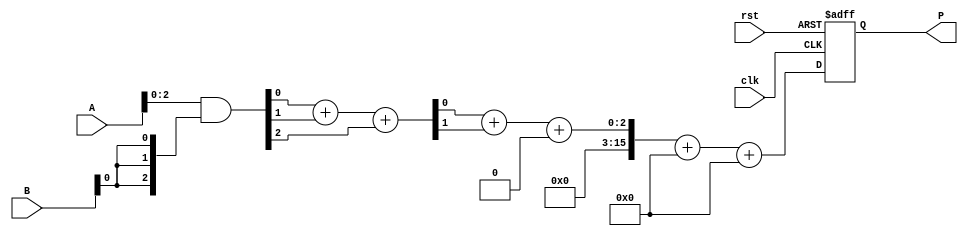
module WallaceTreeMultiplier #(parameter N = 8) (
    input  wire [N-1:0] A, // N-bit input A
    input  wire [N-1:0] B, // N-bit input B
    input  wire clk,       // Clock signal
    input  wire rst,       // Reset signal
    output reg [2*N-1:0] P // 2N-bit output P (the product)
);

    // Internal wires for partial products
    wire [N-1:0] pp [0:N-1]; // Partial products
    wire [2*N-1:0] sum_level1 [0:N-2];
    wire [2*N-1:0] sum_level2 [0:N-3];
    wire [N-1:0] carry_level1 [0:N-2];
    wire [N-1:0] carry_level2 [0:N-3];

    // Partial Product Generation
    genvar i, j;
    generate
        for (i = 0; i < N; i = i + 1) begin : partial_products
            assign pp[i] = A & {N{B[i]}}; // AND operation to create partial products
        end
    endgenerate

    // First Level of CSA
    generate
        for (i = 0; i < N-1; i = i + 1) begin : CSA_level1
            // Using Carry-Save Adders to combine three bits
            assign {carry_level1[i], sum_level1[i]} = pp[i][0] + pp[i][1] + pp[i][2];
        end
    endgenerate

    // Second Level of CSA
    generate
        for (i = 0; i < N-2; i = i + 1) begin : CSA_level2
            assign {carry_level2[i], sum_level2[i]} = sum_level1[i][0] + sum_level1[i][1] + carry_level1[i];
        end
    endgenerate

    // Final Summation using a Ripple Carry Adder
    wire [2*N-1:0] final_sum;
    wire carry_out;

    assign final_sum = sum_level2[0] + carry_level2[0] + carry_level2[1]; // Final summation logic

    always @(posedge clk or posedge rst) begin
        if (rst) begin
            P <= 0; // Reset output to zero
        end else begin
            P <= final_sum; // Capture the final product
        end
    end

endmodule